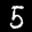
Label: 5